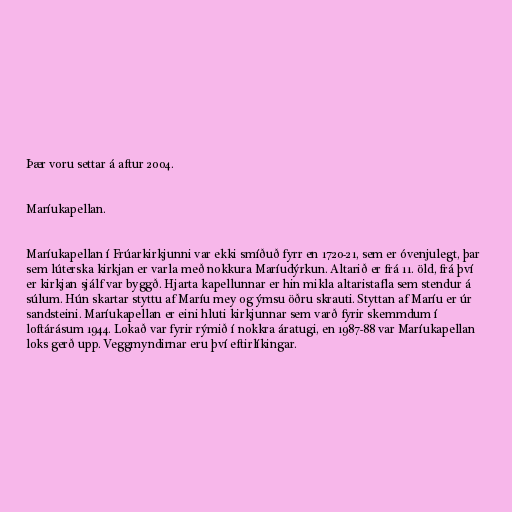
Þær voru settar á aftur 2004.

Maríukapellan.

Maríukapellan í Frúarkirkjunni var ekki smíðuð fyrr en 1720-21, sem er óvenjulegt, þar
sem lúterska kirkjan er varla með nokkura Maríudýrkun. Altarið er frá 11. öld, frá því
er kirkjan sjálf var byggð. Hjarta kapellunnar er hin mikla altaristafla sem stendur á
súlum. Hún skartar styttu af Maríu mey og ýmsu öðru skrauti. Styttan af Maríu er úr
sandsteini. Maríukapellan er eini hluti kirkjunnar sem varð fyrir skemmdum í
loftárásum 1944. Lokað var fyrir rýmið í nokkra áratugi, en 1987-88 var Maríukapellan
loks gerð upp. Veggmyndirnar eru því eftirlíkingar.